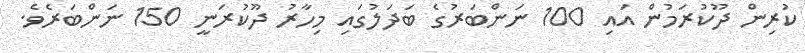
ކުރިން ދޫކުރަމުން އައި 100 ނަންބަރުގެ ބަދަލުގައި މިހާރު ދޫކުރަނީ 150 ނަންބަރެވެ.